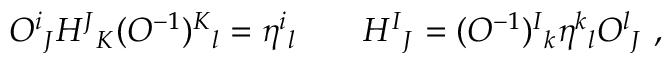
O ^ { i } { } _ { J } H ^ { J } { } _ { K } ( O ^ { - 1 } ) ^ { K } { } _ { l } = \eta ^ { i } { } _ { l } \qquad H ^ { I } { } _ { J } = ( O ^ { - 1 } ) ^ { I } { } _ { k } \eta ^ { k } { } _ { l } O ^ { l } { } _ { J } \ ,